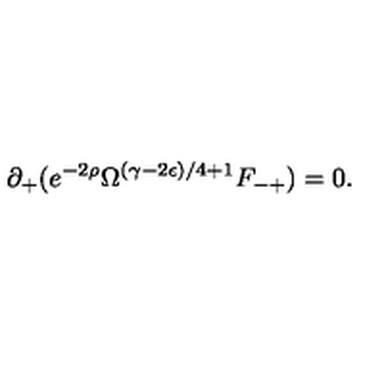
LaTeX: \partial _ { + } ( e ^ { - 2 \rho } \Omega ^ { ( \gamma - 2 \epsilon ) / 4 + 1 } F _ { - + } ) = 0 .